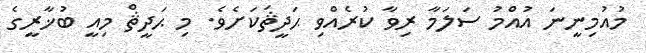
މުއުމިނީނަ އުއްމު ސަލަމާ ރިވާ ކުރެއްވި ޙަދީޘަކަށެވެ. މި ޙަދީޘް މިއީ ބުޚާރީގެ